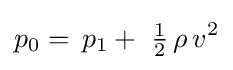
p_{0}=\,p_{1}+\ {\tfrac {1}{2}}\,\rho \,v^{2}